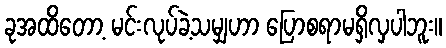
ခုအထိတော့ မင်းလုပ်ခဲ့သမျှဟာ ပြောစရာမရှိလှပါဘူး။